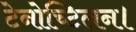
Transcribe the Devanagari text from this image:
टेनोच्टिलन।